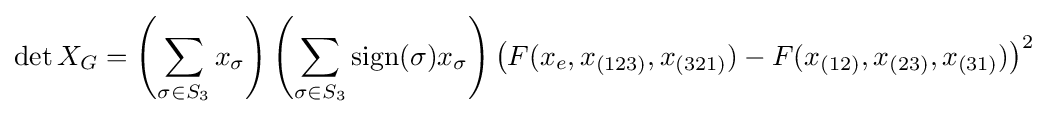
\det X_{G}=\left(\sum _{\sigma \in S_{3}}x_{\sigma }\right)\left(\sum _{\sigma \in S_{3}}{\text{sign}}(\sigma )x_{\sigma }\right)\left(F(x_{e},x_{(123)},x_{(321)})-F(x_{(12)},x_{(23)},x_{(31)})\right)^{2}